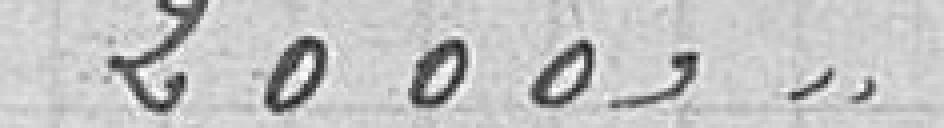
20000